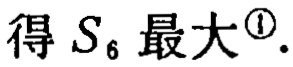
得 \(S_{6}\) 最大\(^{\textcircled{1}}\).